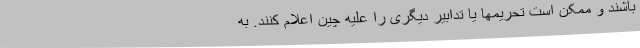
باشند و ممکن است تحریمها یا تدابیر دیگری را علیه چین اعلام کنند. به